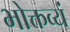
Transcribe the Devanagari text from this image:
भोक्तव्यं